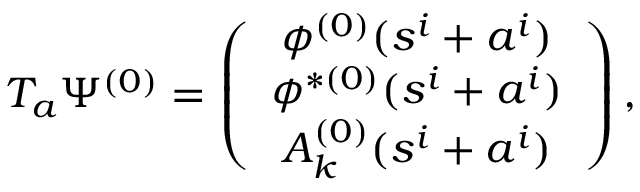
T _ { a } \Psi ^ { ( 0 ) } = \left( \begin{array} { c } { { \phi ^ { ( 0 ) } ( s ^ { i } + a ^ { i } ) } } \\ { { \phi ^ { \ast ( 0 ) } ( s ^ { i } + a ^ { i } ) } } \\ { { A _ { k } ^ { ( 0 ) } ( s ^ { i } + a ^ { i } ) } } \end{array} \right) ,